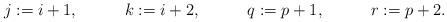
LaTeX: \begin{align*}&j:=i+1, && k:=i+2, && q:=p+1, && r:=p+2. \end{align*}